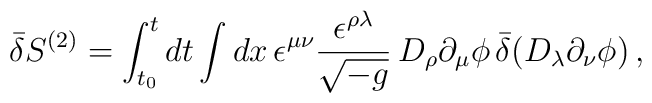
\bar\delta S^{(2)}=\int_{t_0}^tdt\int dx\,\epsilon^{\mu\nu}\frac{\epsilon^{\rho\lambda}}{\sqrt{-g}}\,D_\rho\partial_\mu\phi\,\bar\delta\bigl(D_\lambda\partial_\nu\phi\bigr)\,,